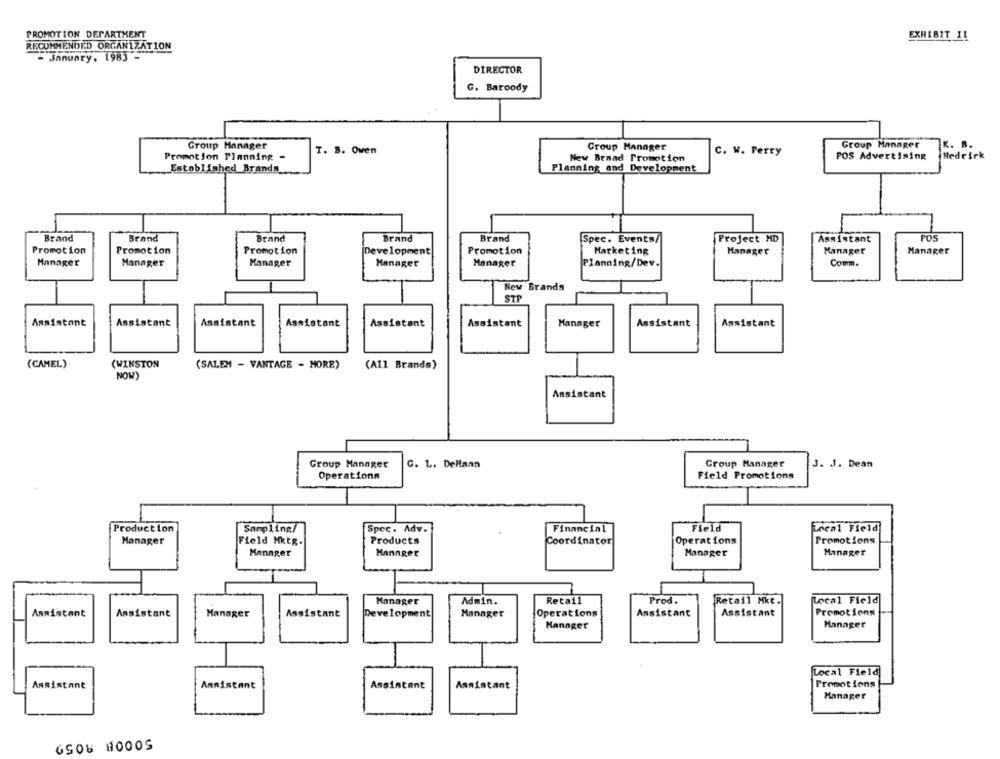
PROMOTION DEPARTMENT
EXHIBIT 11
RECOMMENDED ORGANIZATION
- January. 1983 -
DIRECTOR
G. Baroody
Group Manager
Group Manager
T. B. Oven
Croup Manager
C. W. Perry
Promotion Planning -
New Brand Promotion
POS Advertising
Established Brands
Planning and Development
POS
Brand
Brand
Brand
Brand
Brand
Spec. Events/
Project MD
Assistant
Promotion
Promotion
Promotion
Development
Promotion
Marketing
Manager
Manager
Manager
Manager
Manager
Manager
Manager
Manager
Planning/Dev.
Comm.
New Brands
STP
Assistant
Assistant
Assistant
Assistant
Assistant
Assistant
Manager
Assistant
Assistant
(CAMEL)
(WINSTON
(SALEM - VANTAGE - MORE)
(All Brands)
NOW
Assistant
Group Manager
Group Manager
J. J. Dean
C. L. Dellann
Operations
Field Promotions
Production
Sampling/
Spec. Adv.
Financial
Field
Local Field
Products
Operations
Promotions
Manager
Field Mktg.
Coordinator
Manager
Mannger
Manager
Manager
Manager
Admin.
Retail
Prod.
Retail Mkt.
Local Field
Assistant
Assistant
Manager
Assistant
Development
Manager
Operations
Assistant
Assistant
Promotions
Manager
Manager
Local Field
Promotions
Assistant
Assistant
Assistant
Assistant
Manager
GSOU 8000S